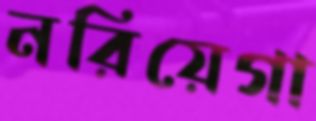
নরিয়েগা